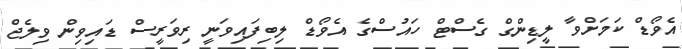
އެވޯޑް ކަމަށްވާ ލީޑިންގް ގެސްޓް ހައުސްގެ އެވޯޑް ލިބިފައިވަނީ ރިވަރީސް ޑައިވިން ވިލެޖް